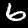
Digit: 6